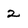
Character: 2